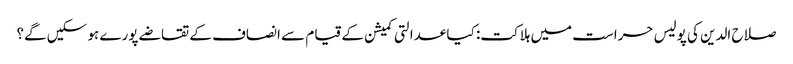
صلاح الدین کی پولیس حراست میں ہلاکت: کیا عدالتی کمیشن کے قیام سے انصاف کے تقاضے پورے ہو سکیں گے؟